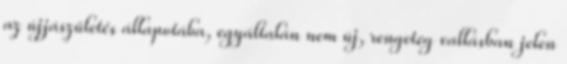
az újjászületés állapotába, egyáltalán nem új, rengeteg vallásban jelen